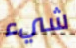
شيء